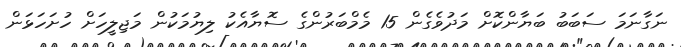
ނަގާނަމަ ސަބަބު ބަޔާންކޮށް މަދުވެގެން 15 މެމްބަރުންގެ ސޮޔާއެކު ލިޔުމަކުން މަޖިލީހަށް ހުށަހަޅަން